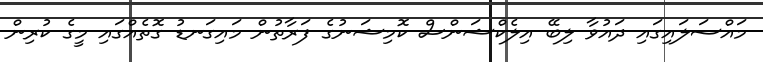
މައްސަލައިގައި ދައުވާ ލިބޭ އިލެކްޝަންސް ކޮމިޝަނުގެ ފަރާތުން މައިގަނޑު ގޮތެއްގައި މީގެ ކުރިން